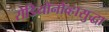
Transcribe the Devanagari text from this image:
रोडियोनोव्हासुद्धा